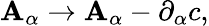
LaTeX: \mathbf{A}_{\alpha}\rightarrow\mathbf{A}_{\alpha}-\partial_{\alpha}c,